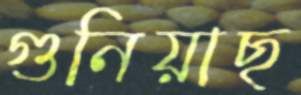
গুনিয়াছ